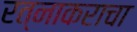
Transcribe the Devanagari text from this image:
रत्नाकराचा